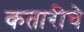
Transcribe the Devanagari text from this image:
कतारीचे